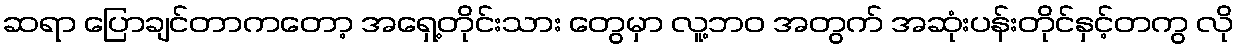
ဆရာ ပြောချင်တာကတော့ အရှေ့တိုင်းသား တွေမှာ လူ့ဘဝ အတွက် အဆုံးပန်းတိုင်နှင့်တကွ လို